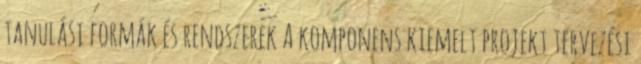
tanulási formák és rendszerek A komponens kiemelt projekt tervezési